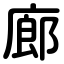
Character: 廊